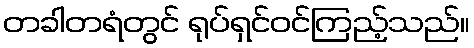
တခါတရံတွင် ရုပ်ရှင်ဝင်ကြည့်သည်။